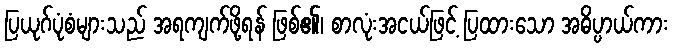
ပြယုဂ်ပုံစံများသည် အရကျက်ဖို့ရန် ဖြစ်၏၊ စာလုံးအငယ်ဖြင့် ပြထားသော အဓိပ္ပာယ်ကား